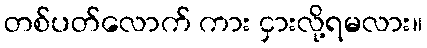
တစ်ပတ်လောက် ကား ငှားလို့ရမလား။